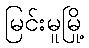
မြင်းမူမြို့